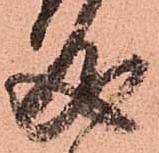
成